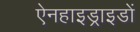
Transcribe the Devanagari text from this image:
ऐनहाइड्राइडों